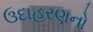
ઉદાહરણનો